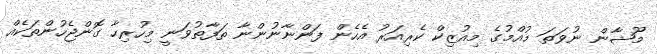
މޫޝާން ނުވަތަ މުއްމުގެ މިއުޒިކް ކެރިއަރު އެހެން ފަންނާނުންނާ ތަފާތުވަނީ މިހުރިހާ ގޮންޖެހުންތަކެއް